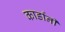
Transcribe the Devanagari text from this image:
कार्डांनी